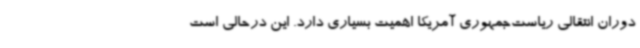
دوران انتقالی ریاست‌جمهوری آمریکا اهمیت بسیاری دارد. این درحالی است